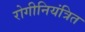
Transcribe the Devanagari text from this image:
रोगीनियंत्रित